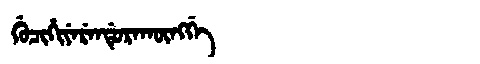
Manchu: ᡤᡠᠴᡳᡥᡳᠶᡝᡵᡝᠨᡩᡠᡵᠠᡴᡡᠩᡤᡝ
Romanization: GUCIHIYERENDURAKŪNGGE